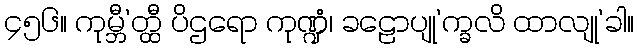
၄၅၆။ ကုမ္ဘီ’တ္ထီ ပိဌရော ကုဏ္ဍံ၊ ခဠောပျု’က္ခလိ ထာလျု’ခါ။